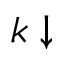
k \downarrow